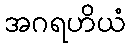
အဂရဟိယံ